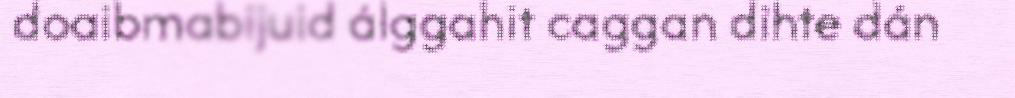
doaibmabijuid álggahit caggan dihte dán